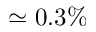
\simeq 0 . 3 \%